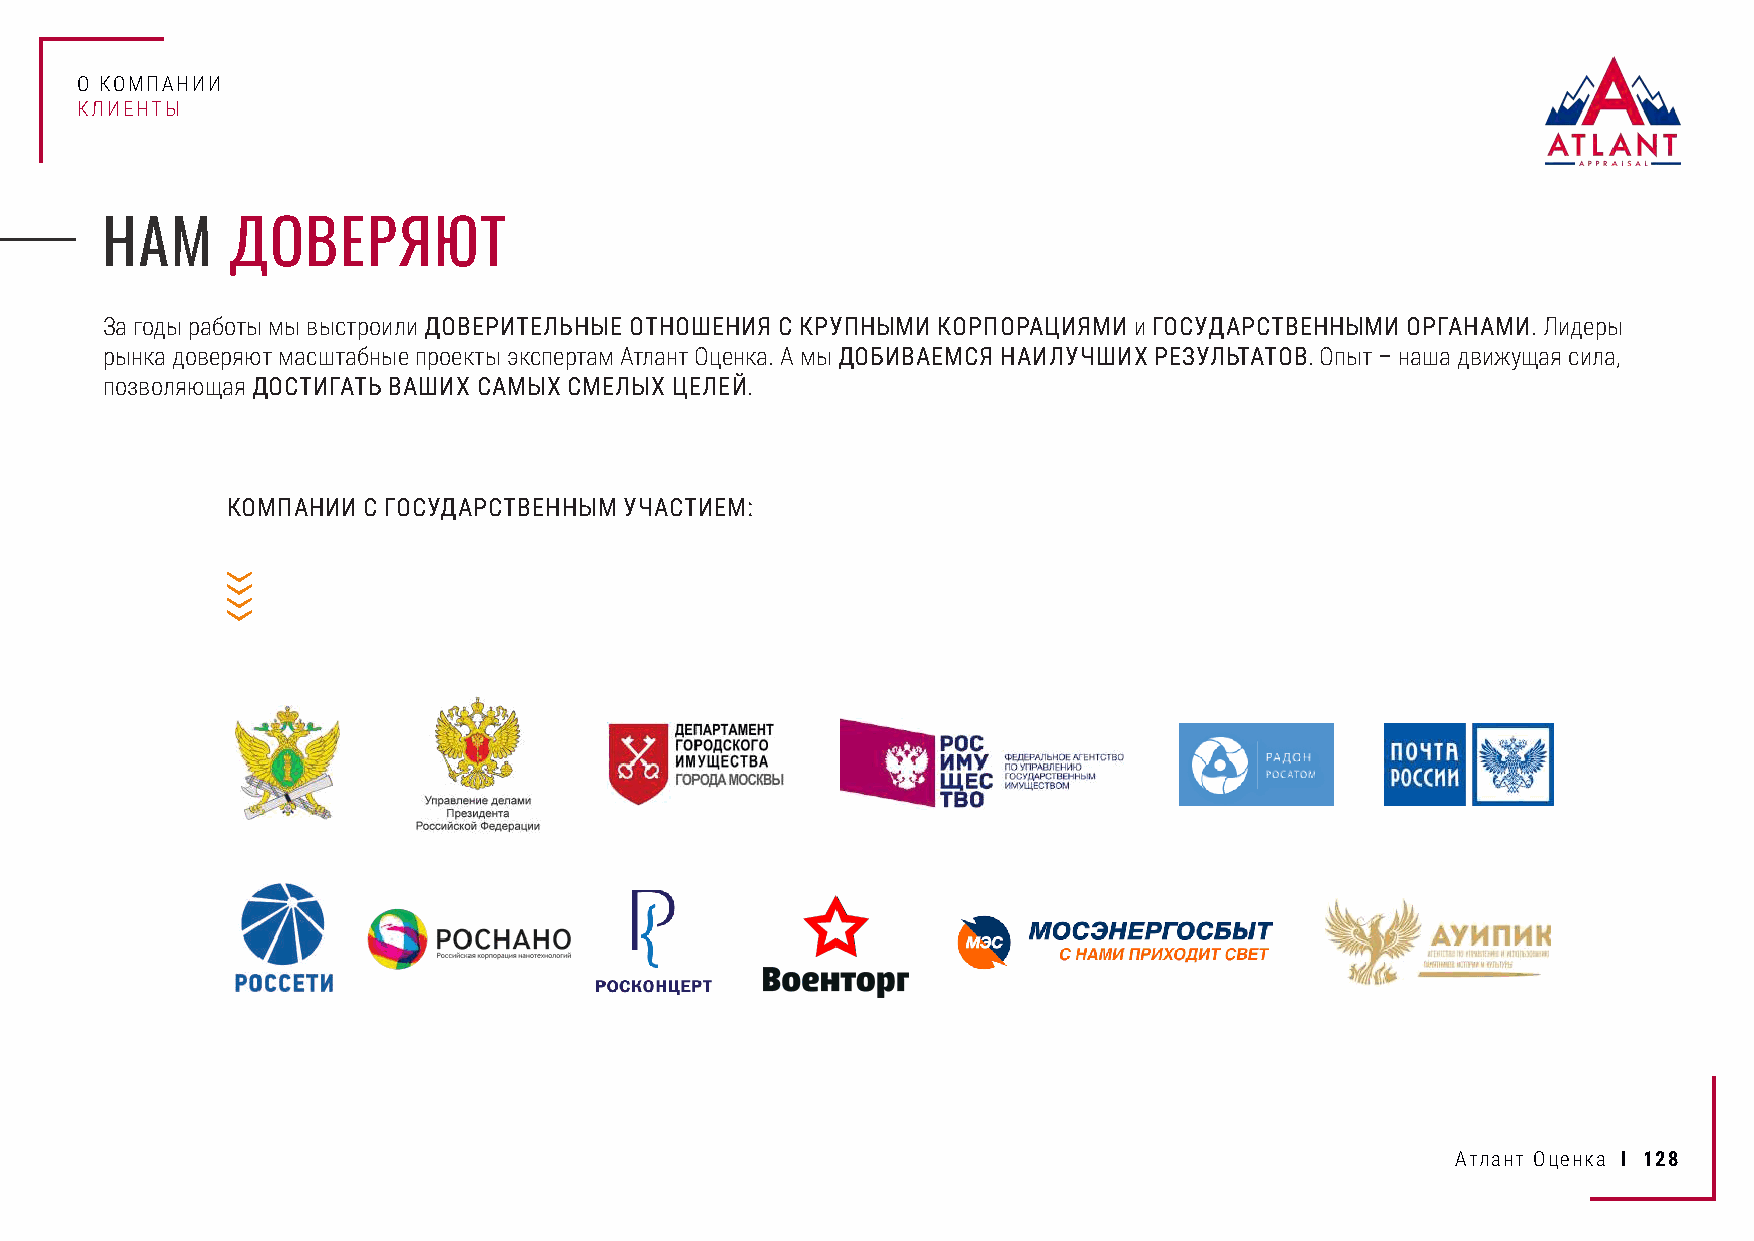
О КОМПАНИИ
 КЛИЕНТЫ
 НАМ     ДОВЕРЯЮТ
 За годы работы мы выстроили ДОВЕРИТЕЛЬНЫЕ ОТНОШЕНИЯ С КРУПНЫМИ КОРПОРАЦИЯМИ и ГОСУДАРСТВЕННЫМИ ОРГАНАМИ. Лидеры
 рынка доверяют масштабные проекты экспертам Атлант Оценка. А мы ДОБИВАЕМСЯ НАИЛУЧШИХ РЕЗУЛЬТАТОВ. Опыт – наша движущая сила,
 позволяющая ДОСТИГАТЬ ВАШИХ САМЫХ СМЕЛЫХ ЦЕЛЕЙ.
 КОМПАНИИ С ГОСУДАРСТВЕННЫМ УЧАСТИЕМ:
 Атлант Оценка I 128